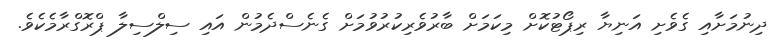
ދިނުމަށާއި ގެވެށި އަނިޔާ ރިޕޯޓުކޮށް މިކަމަށް ބާރުވެރިކުރުވުމަށް ގެނެސްދެމުން އައި ސިލްސިލާ ޕްރޮގްރާމެކެވެ.